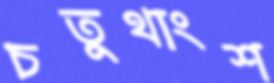
চতুথাংশ